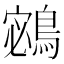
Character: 𪂁